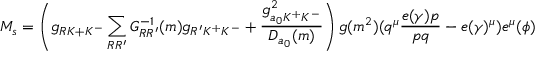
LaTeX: M _ { s } = \left( g _ { R K + K ^ { - } } \sum _ { R R ^ { \prime } } G _ { R R ^ { \prime } } ^ { - 1 } ( m ) g _ { R ^ { \prime } K ^ { + } K ^ { - } } + \frac { g _ { a _ { 0 } K ^ { + } K ^ { - } } ^ { 2 } } { D _ { a _ { 0 } } ( m ) } \right) g ( m ^ { 2 } ) ( q ^ { \mu } \frac { e ( \gamma ) p } { p q } - e ( \gamma ) ^ { \mu } ) e ^ { \mu } ( \phi )